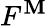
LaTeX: F^{\mathbf{M}}